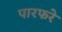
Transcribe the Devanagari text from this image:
पारफरे